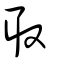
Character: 取